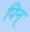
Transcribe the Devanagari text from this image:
पिन्